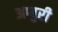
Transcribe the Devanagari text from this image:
आबुरी